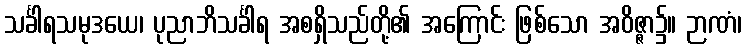
သင်္ခါရသမုဒယေ၊ ပုညာဘိသင်္ခါရ အစရှိသည်တို့၏ အကြောင်း ဖြစ်သော အဝိဇ္ဇာ၌။ ဉာဏံ၊